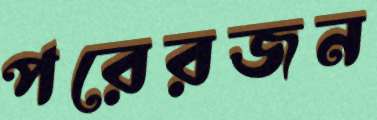
পরেরজন